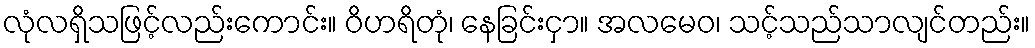
လုံလရှိသဖြင့်လည်းကောင်း။ ဝိဟရိတုံ၊ နေခြင်းငှာ။ အလမေဝ၊ သင့်သည်သာလျင်တည်း။